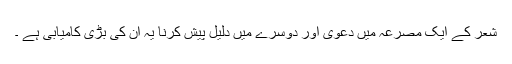
شعر کے ایک مصرعہ میں دعوی اور دوسرے میں دلیل پیش کرنا یہ ان کی بڑی کامیابی ہے ۔